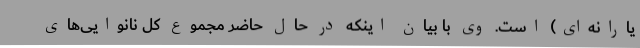
یارانه‌ای) است. وی با بیان اینکه در حال حاضر مجموع کل نانوایی‌های